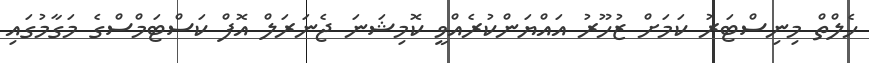
ހެލްތް މިނިސްޓަރު ކަމަށް ޒުހޫރު އައްޔަންކުރެއްވީ ކޮމިޝަނަ ޖެނަރަލް އޮފް ކަސްޓަމްސްގެ މަގާމުގައި